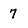
Character: 7